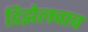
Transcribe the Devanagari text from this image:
डिझेलचाच